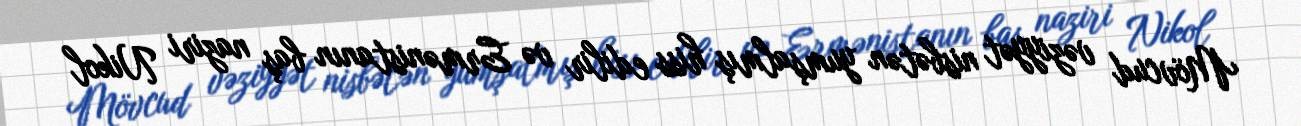
Mövcud vəziyyət nisbətən yumşalmış hiss edilir və Ermənistanın baş naziri Nikol